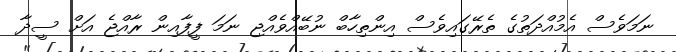
ނަމަވެސް އެމުއްދަތުގެ ތެރޭގައިވެސް އިންތިހާބް ނުބޭއްވެއްޖި ނަމަ ފީފާއިން ރާއްޖެ އަށް ސީދާ